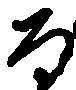
な